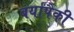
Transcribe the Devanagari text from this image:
बर्यांपैकी